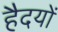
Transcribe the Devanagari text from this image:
हैदयों